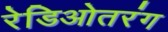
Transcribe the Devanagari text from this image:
रेडिओतरंग